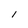
Character: I